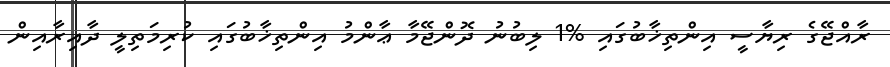
ރާއްޖޭގެ ރިޔާސީ އިންތިޚާބުގައި %1 ލިބުނު ދޮންޖޭމާ ޢާންމު އިންތިޚާބުގައި ކުރިމަތިލީ ދާއިރާއިން